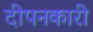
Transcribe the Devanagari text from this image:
दीपनकारी